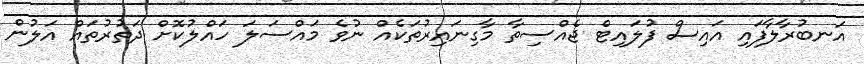
އަނބުރާލާފައި އައިސް ފުލައިޓް ޖެއްސިތާ މާގިނައިރުތަކެއް ނުވެ މައްސަލަ ހައްލުކޮށް ދަތުރުތައް އަލުން